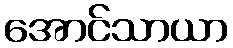
အောင်သာယာ